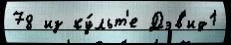
78 из ку́льт'е Дэв'ид1